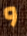
و